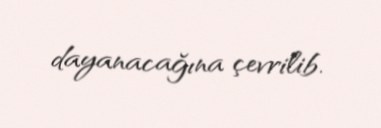
dayanacağına çevrilib.